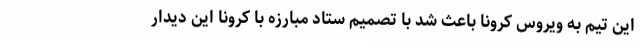
این تیم به ویروس کرونا باعث شد با تصمیم ستاد مبارزه با کرونا این دیدار